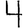
Digit: 4